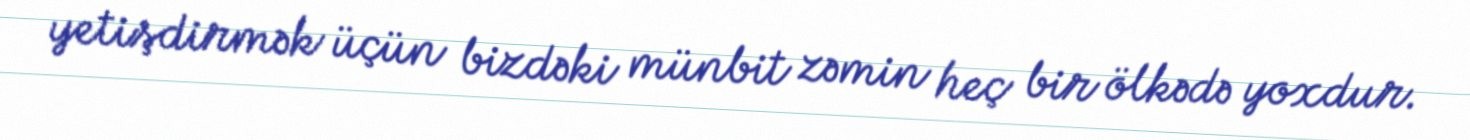
yetişdirmək üçün bizdəki münbit zəmin heç bir ölkədə yoxdur.